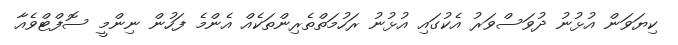
ކިޔަވަން އުޅުނު ދުވަސްވަރު އެކުގައި އުޅުނު ރަހުމަތްތެރިންތަކެއް އެންމެ ފަހުން ނިންމީ ސޮފްޓްވެއާ